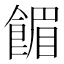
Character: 𫗗